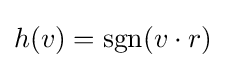
h(v)=\operatorname {sgn} (v\cdot r)